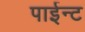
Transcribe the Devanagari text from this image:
पाईन्ट